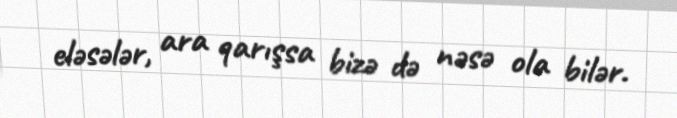
eləsələr, ara qarışsa bizə də nəsə ola bilər.